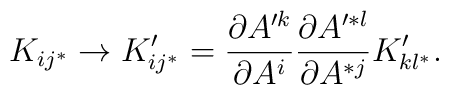
K_{i j^*}  \rightarrow K'_{i j^*} = {\partial A'^{k} \over \partial A^{i}}  {\partial A'^{*l} \over \partial A^{*j}} K'_{k l^*} .